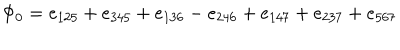
LaTeX: \Phi _ { 0 } = e _ { 1 2 5 } + e _ { 3 4 5 } + e _ { 1 3 6 } - e _ { 2 4 6 } + e _ { 1 4 7 } + e _ { 2 3 7 } + e _ { 5 6 7 }